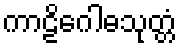
ကာဠိဂေါဓသုတ္တံ